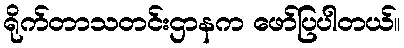
ရိုက်တာသတင်းဌာနက ဖော်ပြပါတယ်။